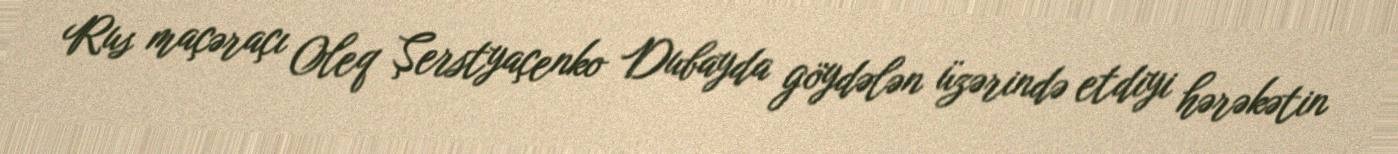
Rus maçəraçı Oleq Şerstyaçenko Dubayda göydələn üzərində etdiyi hərəkətin